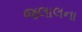
જલાલના